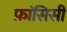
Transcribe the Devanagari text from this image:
फ़ांसिसी